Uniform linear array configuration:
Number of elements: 12
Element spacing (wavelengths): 0.25
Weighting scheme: blackman
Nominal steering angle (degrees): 0
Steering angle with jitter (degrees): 1.388
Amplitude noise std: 0.05
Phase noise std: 0.05

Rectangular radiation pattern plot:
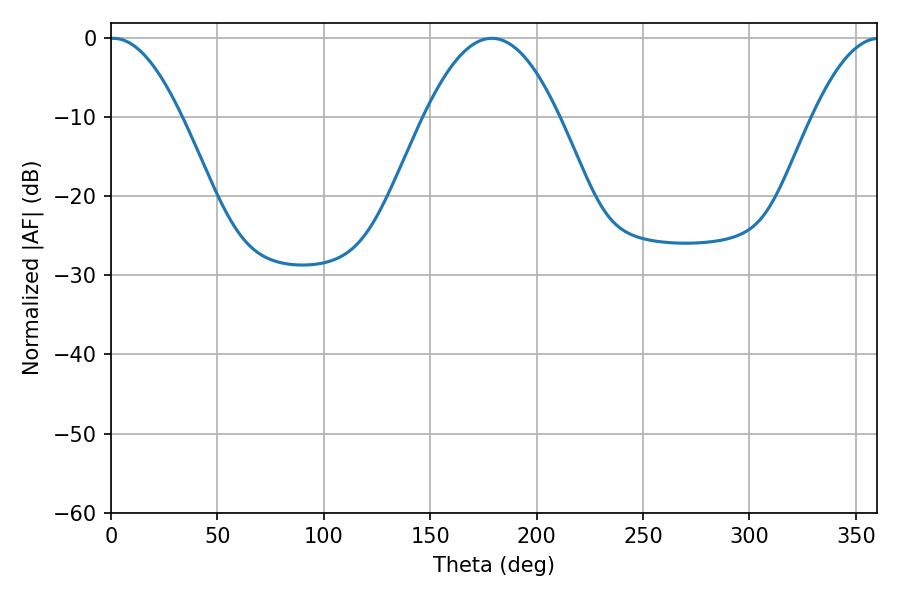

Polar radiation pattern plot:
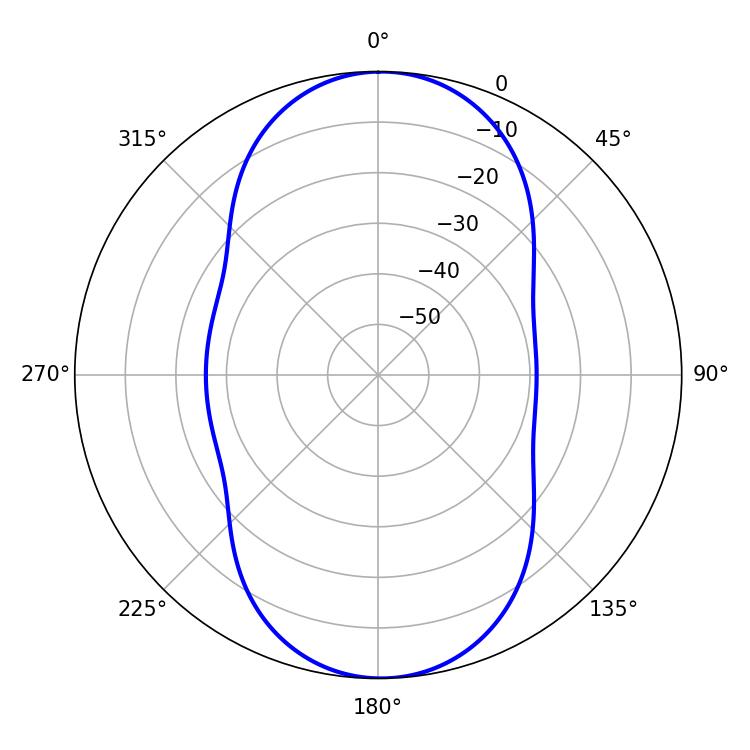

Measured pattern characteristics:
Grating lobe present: FALSE
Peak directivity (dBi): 19.104
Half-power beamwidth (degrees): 18.36
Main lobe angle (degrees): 1.08